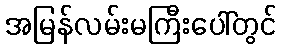
အမြန်လမ်းမကြီးပေါ်တွင်